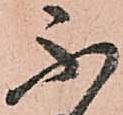
不